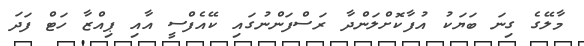
މާލޭގެ ގިނަ ބަޔަކު އުފާކޮށްލަންދާ ރަސްފަންނުގައި ކޭއެފްސީ އާއި ޕިއްޒާ ހަޓް ފަދަ